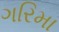
ગરિમા